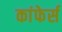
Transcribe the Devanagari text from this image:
कांफेर्स